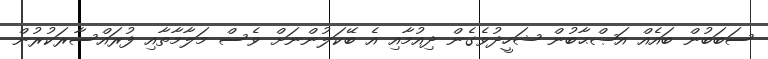
ސަބަބުން ބައެއް އަޞްޙާބުން ޝަހީދުވެގެން ދިއުމާއި އެ ބޭކަލުންނަށް ވެސް މަލާމާތާއި ފުރައްސާރަކުރުން